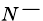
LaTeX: _N-